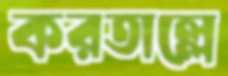
করতাল্লে